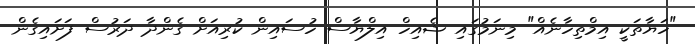
"ހަޔާތަކީ އިމްތިހާނެއް" މިނަމުގައި ޝެއިހް އިލްޔާސް ހުސައިން ކުރިއަށް ގެންދާ ދަރުސް ފަށައިގެން